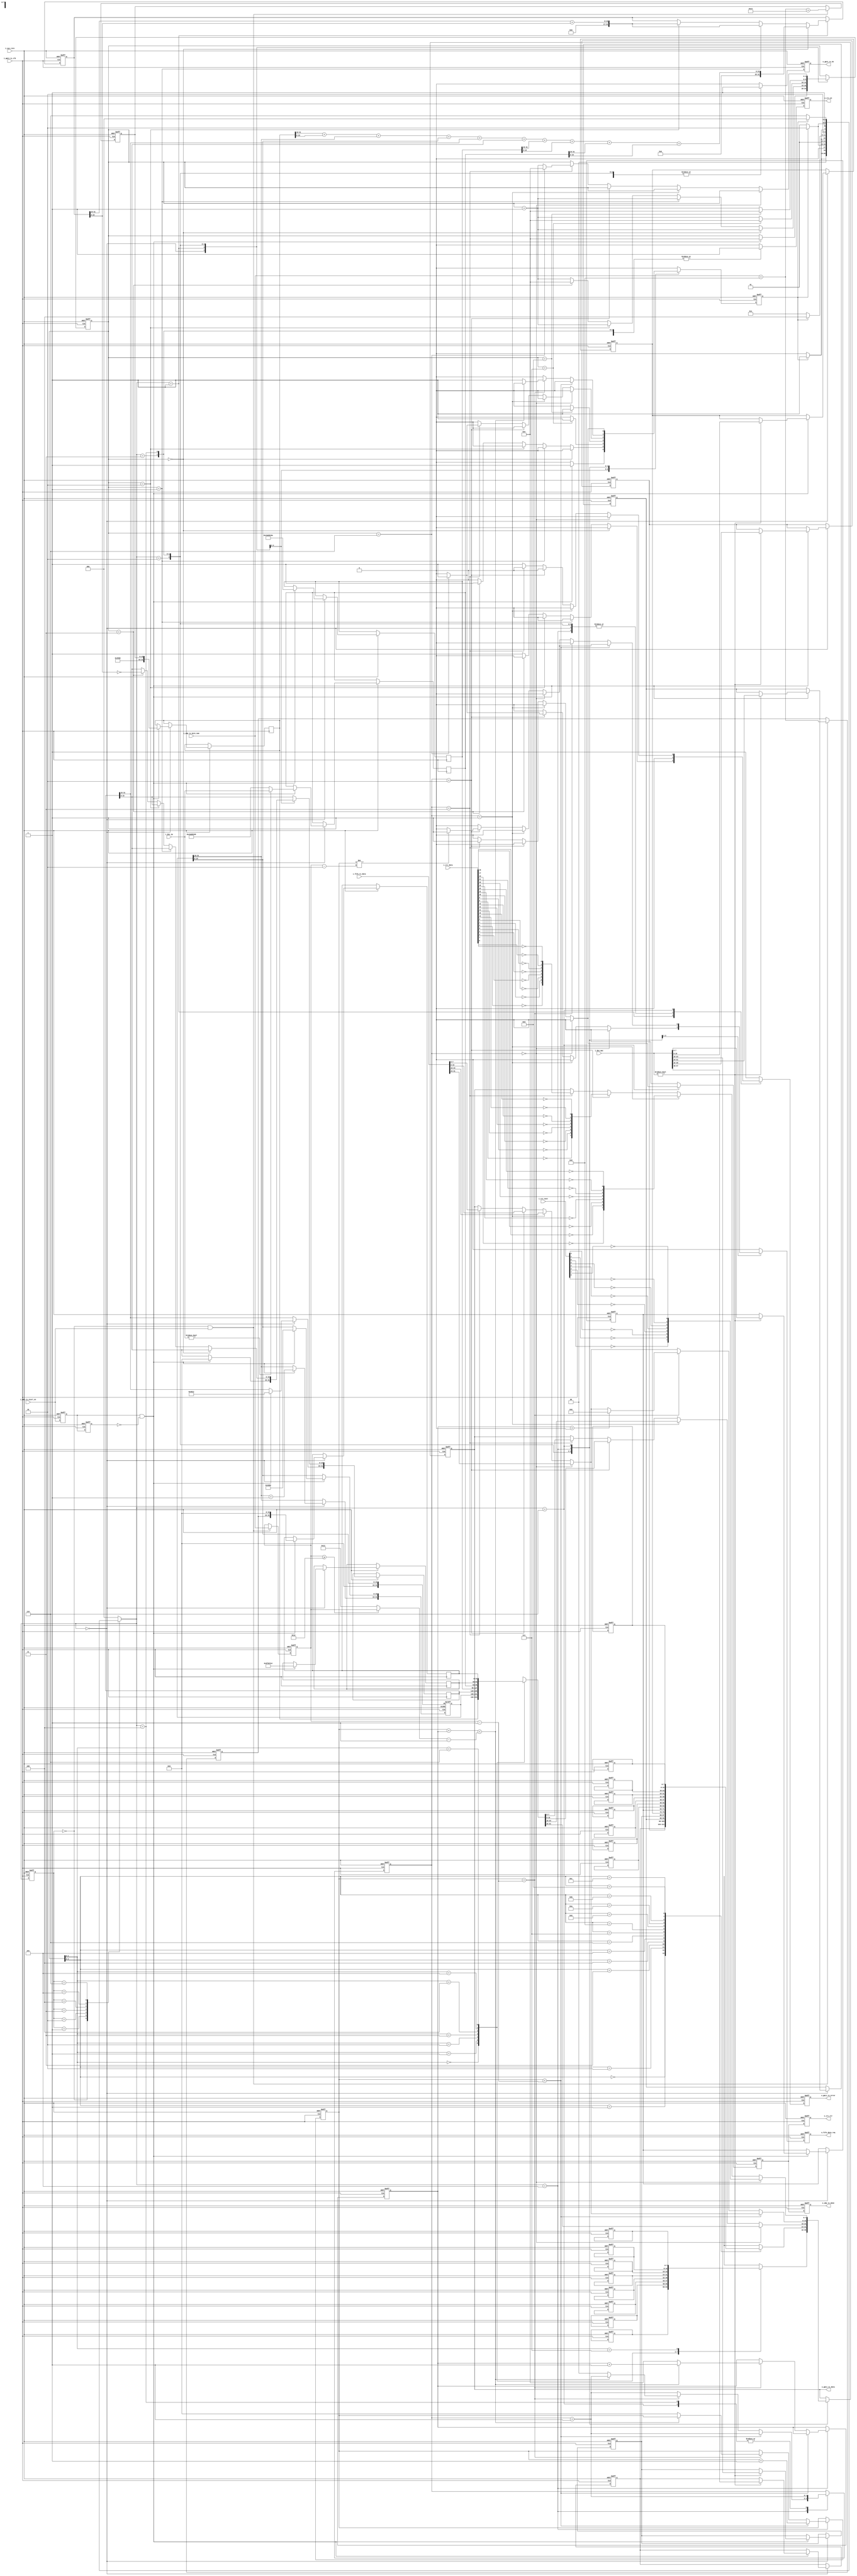
`timescale  1ns/1ns                     //1ns1ns
module udp_tx 
#(
	parameter   BOARD_MAC = 48'h001122334455,
	parameter   BOARD_IP  = {8'd192,8'd168,8'd1,8'd10},
	parameter   DES_MAC   = 48'hffffffffffff,
	parameter   DES_IP    = {8'd192,8'd168,8'd1,8'd102},
	parameter   BOARD_PORTNUM = 16'd1010 ,
	parameter   PC_PORTNUM = 16'd2020
)
(
   input  wire            i_sys_rstn       ,
   input  wire            i_gmii_tx_clk    ,
   input  wire            i_udp_tx_start_en, //
   input  wire [31:0]     i_fifo_tx_data   , //  
   output reg             o_fifo_data_req  , //
   input  wire [15:0]     i_udp_tx_byte_num, //
   input  wire [47:0]     i_des_mac        , //MAC
   input  wire [31:0]     i_des_ip         , //IP    
   input  wire [31:0]     i_crc_data       , //CRC
   input  wire [7:0]      i_crc_next       , //CRC
   output  reg            o_udp_tx_done    , //
   output  reg            o_gmii_tx_dv     , //GMII
   output  reg  [7:0]     o_gmii_tx_data   , //GMII 
   output  reg            o_gmii_tx_error  , //GMII
   
   output  reg            o_crc_en         , //CRC
   output  reg            o_crc_clr          //CRC 
);
//----------------------------------------------------//
// reg
//----------------------------------------------------//
reg  [2: 0]               state                ;
reg  [2: 0]               nextstate            ;
reg                       r_skip_en            ;
reg  [4: 0]               r_cnt                ;
reg  [15: 0]              r_data_cnt           ;
reg  [4: 0]               r_real_add_cnt       ;
reg  [47:0]               r_des_mac_addr       ;
reg  [47:0]               r_des_ip_addr        ;
reg  [15:0]               r_udp_length         ;
reg  [31:0]               r_check_buff         ;
reg  [7:0]                preamble [7:0]       ; // 
reg  [7:0]                eth_head [13:0]      ; //
reg  [31:0]               ip_head  [6:0]       ; //IP + UDP 
reg  [15: 0]              r_data_len           ; //
reg  [15: 0]              r_udp_len            ; //UDP = UDP +  
reg  [15: 0]              r_total_num          ; //IP = IP + UDP +  
reg                       r_udp_tx_start_d0    ;
reg                       r_udp_tx_start_d1    ;
reg  [1: 0]               r_tx_byte_sel        ;
reg                       r_tx_done_t          ;
//----------------------------------------------------//
// wire
//----------------------------------------------------//
wire                      w_pos_udp_start_en     ;
wire [15: 0]              w_real_tx_data_len     ;

//----------------------------------------------------//
// local parameter
//----------------------------------------------------//
localparam       ST_IDLE     = 3'd0;
localparam       ST_CHECK_SUM= 3'd1;
localparam       ST_PREAMBLE = 3'd2;
localparam       ST_ETH_HEAD = 3'd3;
localparam       ST_IP_HEAD  = 3'd4;
localparam       ST_TX_DATA  = 3'd5;
localparam       ST_CRC      = 3'd6;

localparam       PREAMBLE_BYTE = 8'h55   ;
localparam       SFD_BYTE      = 8'hd5   ;
localparam       ETH_TYPE      = 16'h0800;
localparam       MIN_DATA_NUM  = 16'd18  ;          //46IP20+UDP8
                                                    //46-20-8=18
localparam       IP_VERSION    = 4'b0100 ;
localparam       TYPE_SERVICE  = 8'd0    ;
localparam       IP_FLAG       = 3'b010  ;          // 
localparam       IP_OFFSET     = 13'd0   ;          //
localparam       SURVIVE_TIME  = 16'd64  ;
localparam       UDP_TYPE      = 8'd17   ;

//----------------------------------------------------//
// state mechine
//----------------------------------------------------//
always @(posedge i_gmii_tx_clk or negedge i_sys_rstn) begin
    if (!i_sys_rstn) begin
        state <= ST_IDLE ;
    end 
    else begin
        state <= nextstate ;
    end
end 

always @(*) begin
    nextstate = ST_IDLE ;
    case (state)
        ST_IDLE: begin
            if (r_skip_en) begin
                nextstate = ST_CHECK_SUM ;
            end 
            else begin
                nextstate = ST_IDLE ;
            end
        end 
        ST_CHECK_SUM :begin 
            if (r_skip_en) begin
                nextstate = ST_PREAMBLE ;
            end 
            else begin
                nextstate = ST_CHECK_SUM ;
            end
        end  
        ST_PREAMBLE : begin 
            if (r_skip_en ) begin
                nextstate = ST_ETH_HEAD ;
            end 
            else begin
                nextstate = ST_PREAMBLE ;
            end
        end 
        ST_ETH_HEAD :begin 
            if (r_skip_en) begin
                nextstate = ST_IP_HEAD ;
            end 
            else begin
                nextstate = ST_ETH_HEAD ;
            end
        end  
        ST_IP_HEAD :begin 
            if (r_skip_en) begin
                nextstate = ST_TX_DATA ; 
            end 
            else begin
                nextstate = ST_IP_HEAD ;
            end
        end 
        ST_TX_DATA:begin 
            if (r_skip_en) begin
                nextstate = ST_CRC ;
            end 
            else begin
                nextstate = ST_TX_DATA ;
            end
        end  
        ST_CRC :begin 
            if (r_skip_en) begin
                nextstate = ST_IDLE;
            end 
            else begin
                nextstate = ST_CRC ;
            end
        end 
        default: begin
            nextstate = ST_IDLE ;
        end
    endcase
end
always @(posedge i_gmii_tx_clk or negedge i_sys_rstn) begin
    if (!i_sys_rstn) begin
        r_skip_en    <= 1'b0 ;
        r_cnt        <= 'd0  ;
        r_check_buff <= 'd0  ;
        r_real_add_cnt  <= 'd0;
        r_tx_done_t  <= 1'b0 ;
        r_data_cnt   <= 'd0  ;
        r_check_buff <= 'd0  ; 
        r_tx_byte_sel <= 2'b0;
        o_fifo_data_req <= 1'b0;
        ip_head[1][31:16] <= 16'd0;
        o_gmii_tx_data <= 'd0;
        o_gmii_tx_dv   <= 'd0;
        o_crc_en       <= 'd0;
        o_gmii_tx_error <= 1'b0;
        preamble[0] <= PREAMBLE_BYTE;                 
        preamble[1] <= PREAMBLE_BYTE;
        preamble[2] <= PREAMBLE_BYTE;
        preamble[3] <= PREAMBLE_BYTE;
        preamble[4] <= PREAMBLE_BYTE;
        preamble[5] <= PREAMBLE_BYTE;
        preamble[6] <= PREAMBLE_BYTE;
        preamble[7] <= SFD_BYTE;
        preamble[7] <= 8'hd5;
        //MAC
        eth_head[0] <= DES_MAC[47:40];
        eth_head[1] <= DES_MAC[39:32];
        eth_head[2] <= DES_MAC[31:24];
        eth_head[3] <= DES_MAC[23:16];
        eth_head[4] <= DES_MAC[15:8];
        eth_head[5] <= DES_MAC[7:0];
        //MAC
        eth_head[6] <= BOARD_MAC[47:40];
        eth_head[7] <= BOARD_MAC[39:32];
        eth_head[8] <= BOARD_MAC[31:24];
        eth_head[9] <= BOARD_MAC[23:16];
        eth_head[10] <= BOARD_MAC[15:8];
        eth_head[11] <= BOARD_MAC[7:0];
        //
        eth_head[12] <= ETH_TYPE[15:8];
        eth_head[13] <= ETH_TYPE[7:0];  
    end 
    else begin 
        o_gmii_tx_error <= 1'b0 ;
        r_skip_en <= 1'b0;
        r_tx_done_t <= 1'b0;
        o_gmii_tx_dv <= 1'b0 ;
        o_crc_en  <= 1'b0;
        o_fifo_data_req <= 1'b0 ;
        case (nextstate)
            ST_IDLE: begin
                if (w_pos_udp_start_en) begin
                    r_skip_en    <= 1'b1 ;
                    r_cnt        <= 'd0  ;
                    ip_head[0]   <= {IP_VERSION,4'd5,TYPE_SERVICE,r_total_num};
                    ip_head[1][31:16] <= ip_head[1][31:16] + 16'd1 ;
                    ip_head[1][15: 0] <= {IP_FLAG,IP_OFFSET};
                    ip_head[2]   <= {8'h40,UDP_TYPE,16'h0};
                    ip_head[3]   <= BOARD_IP ;
                    if (i_des_ip != 32'd0) begin
                        ip_head[4] <= i_des_ip ; 
                    end 
                    else begin
                        ip_head[4] <= DES_IP ;
                    end
                    ip_head[5] <= {BOARD_PORTNUM,PC_PORTNUM};
                    ip_head[6] <= {r_udp_len,16'h0000};
                    if (i_des_mac != 48'd0) begin
                        eth_head[0] <= i_des_mac[47:40];
                        eth_head[1] <= i_des_mac[39:32];
                        eth_head[2] <= i_des_mac[31:24];
                        eth_head[3] <= i_des_mac[23:16];
                        eth_head[4] <= i_des_mac[15:8];
                        eth_head[5] <= i_des_mac[7:0] ;
                    end 
                end
            end 
            ST_CHECK_SUM :begin 
                r_cnt <= r_cnt + 5'd1 ;
                if (r_cnt == 5'd0) begin
                    r_check_buff <= ip_head[0][31:16] + ip_head[0][15:0]
                                  + ip_head[1][31:16] + ip_head[1][15:0]
                                  + ip_head[2][31:16] + ip_head[2][15:0]
                                  + ip_head[3][31:16] + ip_head[3][15:0]
                                  + ip_head[4][31:16] + ip_head[4][15:0];
                end 
                else if (r_cnt == 5'd1) begin
                    r_check_buff <= r_check_buff[31:16] + r_check_buff[15:0] ;
                end 
                else if (r_cnt == 5'd2) begin
                    r_check_buff <= r_check_buff[31:16] + r_check_buff[15:0] ;
                end 
                else if (r_cnt == 5'd3) begin
                    r_skip_en <= 1'b1 ;
                    r_cnt <= 'd0 ;
                    ip_head[2][15:0] <= ~r_check_buff[15:0] ;
                end 
                else begin
                    o_gmii_tx_error <= 1'b1;
                end
            end  
            ST_PREAMBLE :begin 
                o_gmii_tx_dv   <= 1'b1 ;
                o_gmii_tx_data <= preamble[r_cnt];
                if (r_cnt == 5'd7) begin
                    r_skip_en <= 1'b1 ;
                    r_cnt <= 'd0;
                end 
                else begin
                    r_cnt <= r_cnt + 5'd1 ;
                end
            end  
            ST_ETH_HEAD:begin 
                o_gmii_tx_dv <= 1'b1 ;
                o_crc_en     <= 1'b1 ;
                o_gmii_tx_data <= eth_head[r_cnt];
                if (r_cnt == 5'd13) begin
                    r_skip_en <= 1'b1 ;
                    r_cnt     <= 'd0 ;
                end 
                else begin
                    r_cnt <= r_cnt + 5'd1 ;
                end
            end 
            ST_IP_HEAD :begin 
                o_crc_en     <= 1'b1 ;
                o_gmii_tx_dv <= 1'b1 ;
                r_tx_byte_sel <= r_tx_byte_sel + 2'b1 ;
                if (r_tx_byte_sel == 2'd0) begin
                    o_gmii_tx_data <= ip_head[r_cnt][31:24];
                end 
                else if (r_tx_byte_sel == 2'd1) begin
                    o_gmii_tx_data <= ip_head[r_cnt][23:16];
                end 
                else if (r_tx_byte_sel == 2'd2) begin
                    o_gmii_tx_data <= ip_head[r_cnt][15:8];
                    if (r_cnt == 5'd6) begin
                        o_fifo_data_req <= 1'b1 ;
                    end
                end 
                else if (r_tx_byte_sel == 2'd3) begin
                    o_gmii_tx_data <= ip_head[r_cnt][7:0];
                    if (r_cnt == 5'd6) begin
                        r_skip_en <= 1'b1 ;
                        r_cnt     <= 1'b0 ;
                    end 
                    else begin
                        r_cnt <= r_cnt + 5'd1 ;
                    end
                end
            end 
            ST_TX_DATA :begin 
                o_crc_en <= 1'b1 ;
                o_gmii_tx_dv <= 1'b1 ;
                r_tx_byte_sel <= r_tx_byte_sel + 2'd1 ;
                if (r_tx_byte_sel == 2'd0 ) begin
                    o_gmii_tx_data <= i_fifo_tx_data [31:24] ;
                end 
                else if (r_tx_byte_sel == 2'd1) begin
                    o_gmii_tx_data <= i_fifo_tx_data [23:16] ;
                end 
                else if (r_tx_byte_sel == 2'd2) begin
                    o_gmii_tx_data <= i_fifo_tx_data [15:8] ;
                    if (r_data_cnt != r_data_len -16'd2) begin
                        o_fifo_data_req <= 1'b1 ;
                    end
                end 
                else if (r_tx_byte_sel == 2'd3) begin
                    o_gmii_tx_data <= i_fifo_tx_data [7:0] ;
                end  
                if (r_data_cnt < r_data_len - 16'd1) begin
                    r_data_cnt <= r_data_cnt + 16'd1 ;
                end 
                else if (r_data_cnt == r_data_len - 16'd1) begin
                    o_fifo_data_req <= 1'b0 ;
                    if (r_data_cnt + r_real_add_cnt < w_real_tx_data_len - 16'd1) begin
                        r_real_add_cnt <= r_real_add_cnt + 5'd1 ;
                    end 
                    else begin
                        r_skip_en      <= 1'b1 ;
                        r_data_cnt     <=  'd0 ;
                        r_real_add_cnt <=  'd0 ;
                        r_tx_byte_sel  <=  'd0 ;
                    end 
                    if (r_real_add_cnt > 0) begin
                        o_gmii_tx_data <= 8'd0 ;
                    end
                end
            end  
            ST_CRC :begin 
                o_gmii_tx_dv <= 1'b1 ;
                r_tx_byte_sel <= r_tx_byte_sel + 2'd1 ;
                if (r_tx_byte_sel == 2'd0) begin
                    o_gmii_tx_data <= {~i_crc_next[0],~i_crc_next[1],~i_crc_next[2]
                                      ,~i_crc_next[3],~i_crc_next[4],~i_crc_next[5]
                                      ,~i_crc_next[6],~i_crc_next[7]};
                end 
                else if (r_tx_byte_sel == 2'd1)begin 
                    o_gmii_tx_data <= {~i_crc_data[16],~i_crc_data[17],~i_crc_data[18]
                                      ,~i_crc_data[19],~i_crc_data[20],~i_crc_data[21]
                                      ,~i_crc_data[22],~i_crc_data[23]};
                end 
                else if (r_tx_byte_sel == 2'd2) begin
                    o_gmii_tx_data <= {~i_crc_data[8],~i_crc_data[9],~i_crc_data[10]
                                      ,~i_crc_data[11],~i_crc_data[12],~i_crc_data[13]
                                      ,~i_crc_data[14],~i_crc_data[15]};
                end 
                else if (r_tx_byte_sel == 2'd3) begin
                    o_gmii_tx_data <= {~i_crc_data[0] ,~i_crc_data[1] ,~i_crc_data[2] 
                                      ,~i_crc_data[3] ,~i_crc_data[4] ,~i_crc_data[5]
                                      ,~i_crc_data[6] ,~i_crc_data[7] };
                    r_skip_en <= 1'b1 ;
                    r_tx_done_t <= 1'b1 ;
                end  
                else begin
                    o_gmii_tx_error <= 1'b1 ;
                end
            end 
            default: begin
                o_gmii_tx_error <= 1'b1;
            end
        endcase
    end
end
    
//----------------------------------------------------//
// main_code
//----------------------------------------------------//
always @(posedge i_gmii_tx_clk or negedge i_sys_rstn) begin
    if (!i_sys_rstn) begin
        r_data_len  <= 16'd0 ;
        r_udp_len   <= 16'd0 ;
        r_total_num <= 16'd0 ;
    end 
    else if (state == ST_IDLE && i_udp_tx_start_en) begin
        r_data_len  <= i_udp_tx_byte_num ;
        r_udp_len   <= i_udp_tx_byte_num + 16'd8 ;
        r_total_num <= i_udp_tx_byte_num + 16'd8 + 16'd20 ;
    end
end

always @(posedge i_gmii_tx_clk or negedge i_sys_rstn) begin
    if (!i_sys_rstn) begin
        r_udp_tx_start_d0 <= 1'b0;
        r_udp_tx_start_d1 <= 1'b0;
    end 
    else begin
        r_udp_tx_start_d0 <= i_udp_tx_start_en ;
        r_udp_tx_start_d1 <= r_udp_tx_start_d0 ;
    end
end 

always @(posedge i_gmii_tx_clk or negedge i_sys_rstn) begin
    if (!i_sys_rstn ) begin
        o_udp_tx_done <= 1'b0;
        o_crc_clr     <= 1'b0;
    end 
    else begin
        o_udp_tx_done <= r_tx_done_t ;
        o_crc_clr     <= r_tx_done_t ;
    end
end
//----------------------------------------------------//
// assign
//----------------------------------------------------//
assign w_pos_udp_start_en = r_udp_tx_start_d0 && !r_udp_tx_start_d1 ;
assign w_real_tx_data_len = (r_data_len >= MIN_DATA_NUM) ? r_data_len : MIN_DATA_NUM ;
endmodule